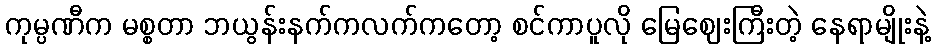
ကုမ္ပဏီက မစ္စတာ ဘယွန်းနက်ကလက်ကတော့ စင်ကာပူလို မြေဈေးကြီးတဲ့ နေရာမျိုးနဲ့